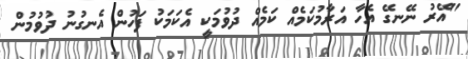
"އޭރު ނޭނގޭ އެހާ އަރާމުކަމެއް ކަމެއް ދުވުމަކީ އެކަމަކު ފަހުން އެނގުނު ދުވުމުން